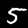
Label: 5